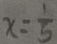
x = \frac { 1 } { 5 }